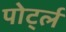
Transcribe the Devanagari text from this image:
पोर्ट्ल